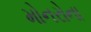
મોનરોના